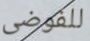
للفوضى